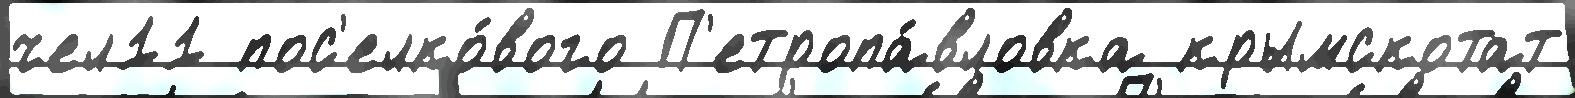
чел11 пос'елко́вого П'етропа́вловка крымскотат